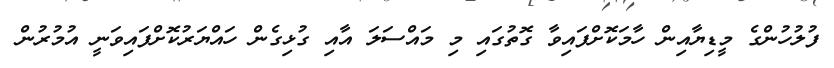
ފުލުހުންގެ މީޑިޔާއިން ހާމަކޮށްފައިވާ ގޮތުގައި މި މައްސަލަ އާއި ގުޅިގެން ހައްޔަރުކޮށްފައިވަނީ އުމުރުން